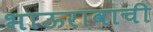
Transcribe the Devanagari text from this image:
भाऊरावाची